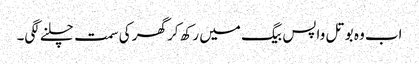
اب وہ بوتل واپس بیگ میں رکھ کر گھر کی سمت چلنے لگی۔